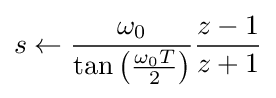
s\leftarrow {\frac {\omega _{0}}{\tan \left({\frac {\omega _{0}T}{2}}\right)}}{\frac {z-1}{z+1}}